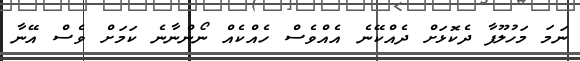
ނަމަ މަހުލޫފާ ދެކޮޅަށް ދެއްކޭނެ އެއްވެސް ހެއްކެއް ނޯންނާނެ ކަމަށް ވެސް އޭނާ